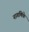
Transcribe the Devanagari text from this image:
नागणिके